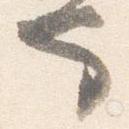
也